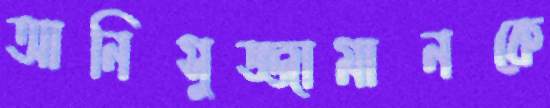
আনিসুজ্জামানকে